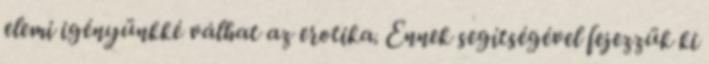
elemi igényünkké válhat az erotika. Ennek segítségével fejezzük ki